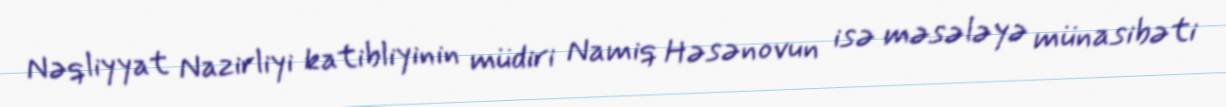
Nəqliyyat Nazirliyi katibliyinin müdiri Namiq Həsənovun isə məsələyə münasibəti